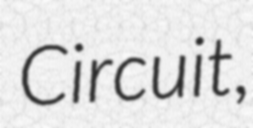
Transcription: Circuit,